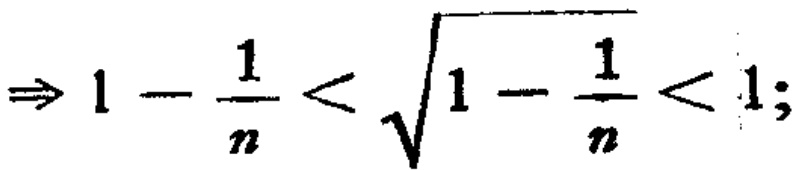
\(\Rightarrow 1 - \frac{1}{n} < \sqrt{1 - \frac{1}{n}} < 1;\)